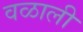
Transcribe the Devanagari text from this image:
वळाली